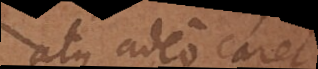
atque adeo caret